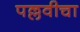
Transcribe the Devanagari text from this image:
पल्लवीचा